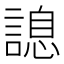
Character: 𧪩